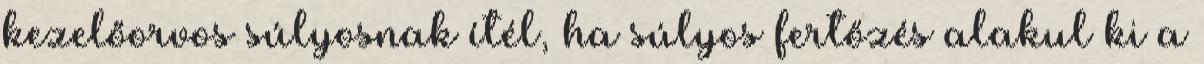
kezelőorvos súlyosnak ítél, ha súlyos fertőzés alakul ki a